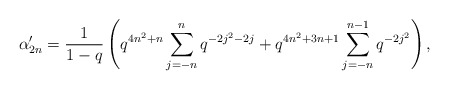
\begin{align*} \alpha'_{2n} = \frac{1}{1-q}\left(q^{4n^2+n}\sum_{j=-n}^{n}q^{-2j^2-2j} + q^{4n^2+3n+1}\sum_{j=-n}^{n-1}q^{-2j^2}\right), \end{align*}